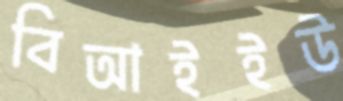
বিআইইউ